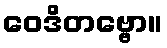
ဝေဒိတဗ္ဗော။